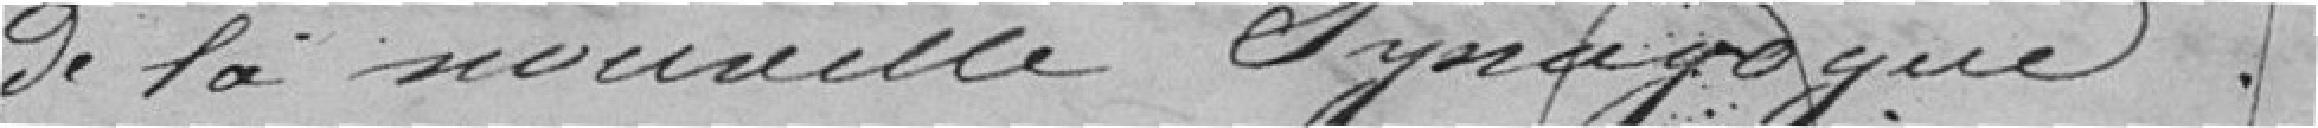
de la nouvelle Synagogue.